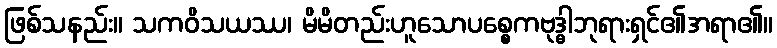
ဖြစ်သနည်း။ သကဝိသယဿ၊ မိမိတည်းဟူသောပစ္စေကဗုဒ္ဓါဘုရားရှင်၏အရာ၏။